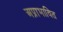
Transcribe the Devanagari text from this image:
अप्राभावित